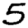
Digit: 5